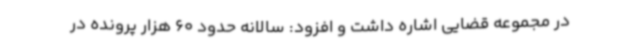
در مجموعه قضایی اشاره داشت و افزود: سالانه حدود 60 هزار پرونده در